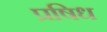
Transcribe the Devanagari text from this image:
प्रषिध